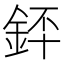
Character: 銔